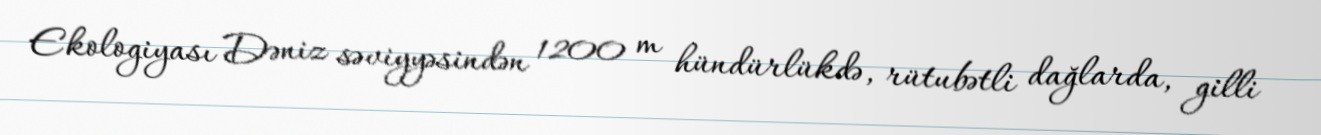
Ekologiyası Dəniz səviyyəsindən 1200 m hündürlükdə, rütubətli dağlarda, gilli